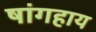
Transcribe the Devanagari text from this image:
षांगहाय